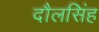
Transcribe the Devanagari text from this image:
दौलसिंह